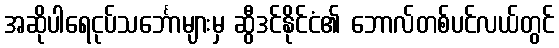
အဆိုပါရေငုပ်သင်္ဘောများမှ ဆွီဒင်နိုင်ငံ၏ ဘောလ်တစ်ပင်လယ်တွင်